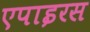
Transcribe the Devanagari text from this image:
एपाइरस